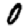
Digit: 0